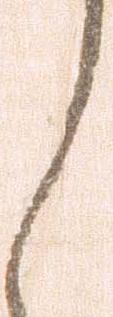
く